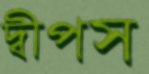
দ্বীপস